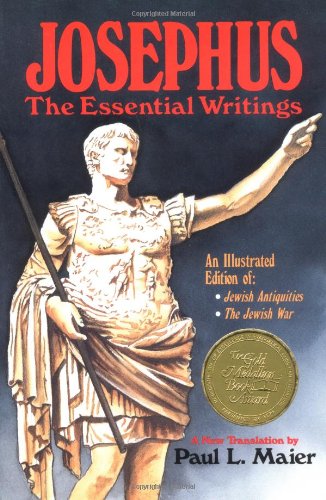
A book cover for Josephus: The Essential Writings; Flavius Josephus; Christian Books & Bibles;